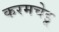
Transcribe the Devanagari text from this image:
करमचेडू